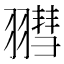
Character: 𦒄